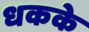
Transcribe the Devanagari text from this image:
धकके